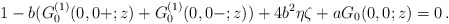
\begin{align*} 1-b( G^{(1)}_0(0,0+;z)+ G_0^{(1)}(0,0-;z))+4b^2\eta\zeta+aG_0(0,0;z)=0\,.\end{align*}